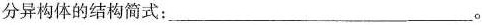
分异构体的结构简式：___。